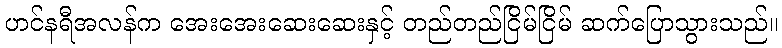
ဟင်နရီအလန်က အေးအေးဆေးဆေးနှင့် တည်တည်ငြိမ်ငြိမ် ဆက်ပြောသွားသည်။